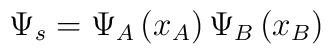
\Psi_s = \Psi_A \left( x_A \right) \Psi_B \left( x_B \right)